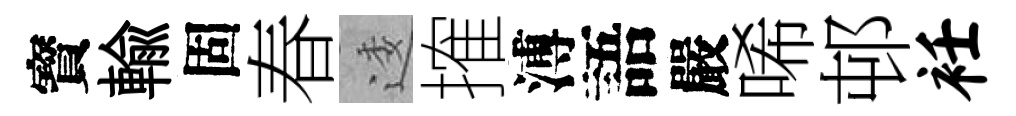
寳輸固春逶搉溥語嚴唏邨衽